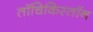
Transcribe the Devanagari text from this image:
तॉचिकिस्तॉन